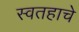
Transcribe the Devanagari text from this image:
स्वतहाचे